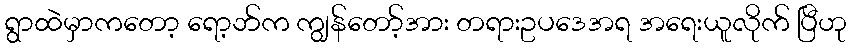
ရွာထဲမှာကတော့ ရော့ဘ်က ကျွန်တော့်အား တရားဥပဒေအရ အရေးယူလိုက် ပြီဟု